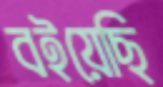
বইয়েছি